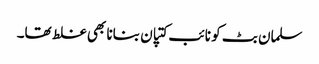
سلمان بٹ کو نائب کتپان بنانا بھی غلط تھا۔